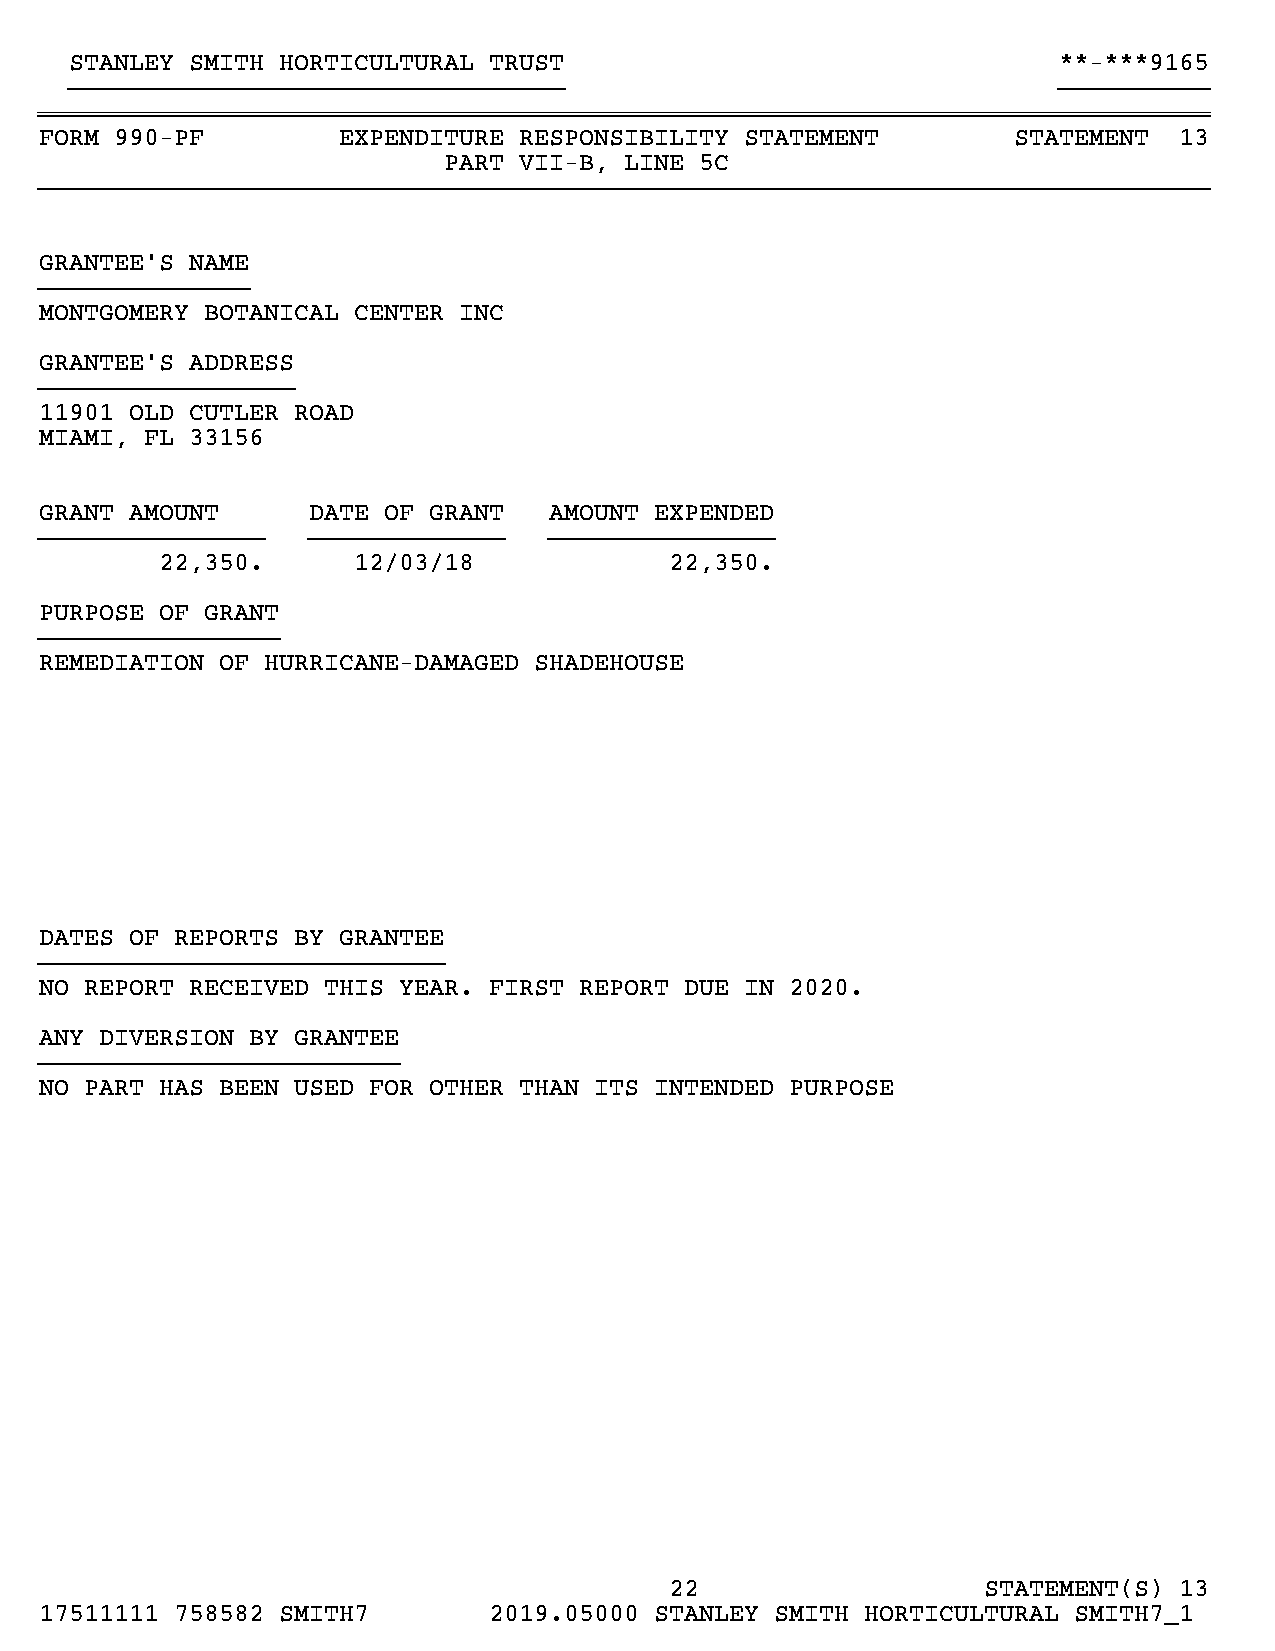
STANLEY SMITH HORTICULTURAL TRUST                                **-***9165
 }}}}}}}}}}}}}}}}}}}}}}}}}}}}}}}}}                                }}}}}}}}}}
 ~~~~~~~~~~~~~~~~~~~~~~~~~~~~~~~~~~~~~~~~~~~~~~~~~~~~~~~~~~~~~~~~~~~~~~~~~~~~~~
 FORM 990-PF        EXPENDITURE RESPONSIBILITY STATEMENT         STATEMENT  13
 PART VII-B, LINE 5C
 }}}}}}}}}}}}}}}}}}}}}}}}}}}}}}}}}}}}}}}}}}}}}}}}}}}}}}}}}}}}}}}}}}}}}}}}}}}}}}
 GRANTEE’S NAME
 }}}}}}}}}}}}}}
 MONTGOMERY BOTANICAL CENTER INC
 GRANTEE’S ADDRESS
 }}}}}}}}}}}}}}}}}
 11901 OLD CUTLER ROAD
 MIAMI, FL 33156
 GRANT AMOUNT     DATE OF GRANT   AMOUNT EXPENDED
 }}}}}}}}}}}}}}}  }}}}}}}}}}}}}   }}}}}}}}}}}}}}}
 22,350.      12/03/18             22,350.
 PURPOSE OF GRANT
 }}}}}}}}}}}}}}}}
 REMEDIATION OF HURRICANE-DAMAGED SHADEHOUSE
 DATES OF REPORTS BY GRANTEE
 }}}}}}}}}}}}}}}}}}}}}}}}}}}
 NO REPORT RECEIVED THIS YEAR. FIRST REPORT DUE IN 2020.
 ANY DIVERSION BY GRANTEE
 }}}}}}}}}}}}}}}}}}}}}}}}
 NO PART HAS BEEN USED FOR OTHER THAN ITS INTENDED PURPOSE
 22                   STATEMENT(S) 13
 17511111 758582 SMITH7       2019.05000 STANLEY SMITH HORTICULTURAL SMITH7_1